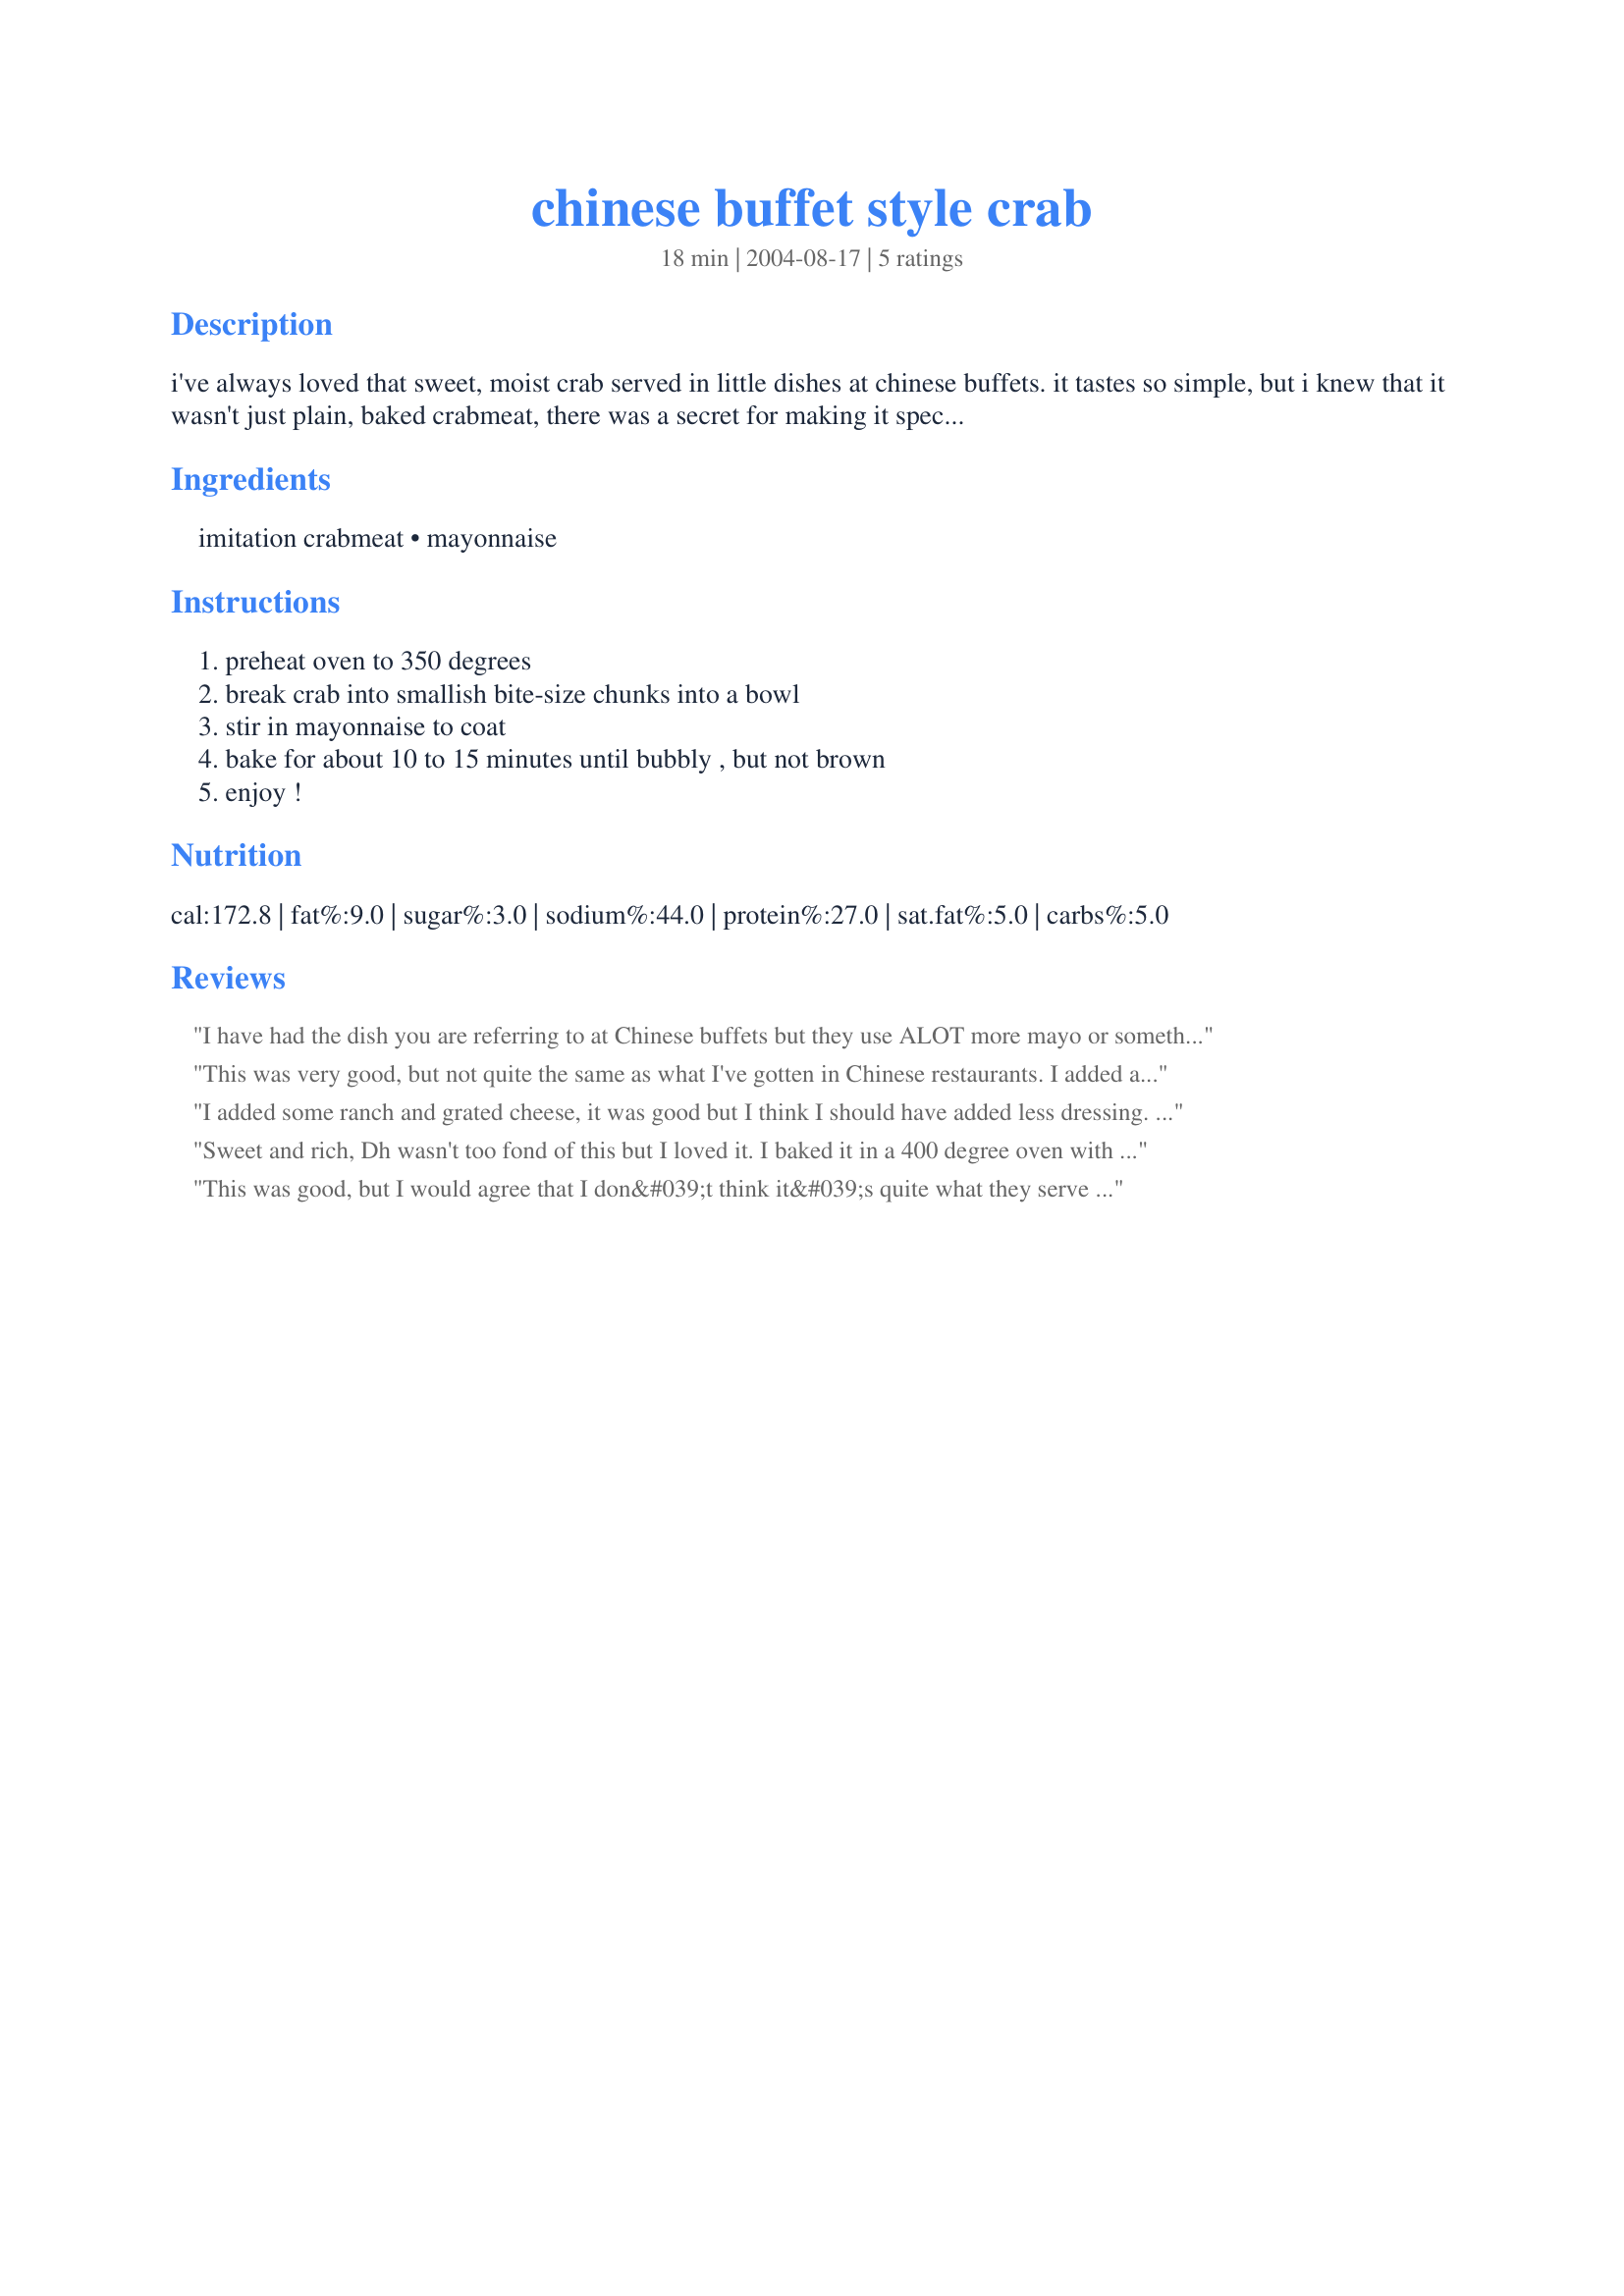
chinese buffet style crab
Preparation time: 18 minutes

i've always loved that sweet, moist crab served in little dishes at chinese buffets. it tastes so simple, but i knew that it wasn't just plain, baked crabmeat, there was a secret for making it special. well, i found out what it was! at first i thought, "is that it?" but yes, so simple, and oh so yummy!

Ingredients:
imitation crabmeat, mayonnaise

Steps:
preheat oven to 350 degrees, break crab into smallish bite-size chunks into a bowl, stir in mayonnaise to coat, bake for about 10 to 15 minutes until bubbly , but not brown, enjoy !

Reviews:
I have had the dish you are referring to at Chinese buffets but they use ALOT more mayo or something else because this seemed plain. It tasted good, but didnt blow me away. Thanks for an easy recipe! :)
This was very good, but not quite the same as what I've gotten in Chinese restaurants. I added a little more mayo and baked it in individual ramekins. My local restaurant also serves it a little bit browned on top, so I put it under the broiler for just a little bit of crispy. Thanks for posting! Made for Zaar Chef Alphabet Soup Game.
I added some ranch and grated cheese, it was good but I think I should have added less dressing. (although it was my fault for forgetting I din't have a squeeze cap!)
Sweet and rich, Dh wasn't too fond of this but I loved it. I baked it in a 400 degree oven with some muffins and it wasn't really bubbly after 15 minutes so you might want to allow a bit more time or use the broiler.
This was good, but I would agree that I don&#039;t think it&#039;s quite what they serve at Chinese buffets, at least that I&#039;ve had. I topped it with some breadcrumbs and parmesan cheese for some crunch and extra flavor. Served with rice and veggies to complete the meal.
